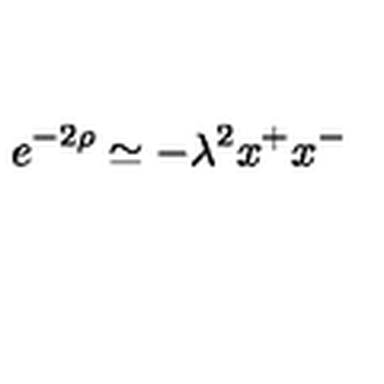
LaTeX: e ^ { - 2 \rho } \simeq - \lambda ^ { 2 } x ^ { + } x ^ { - }